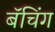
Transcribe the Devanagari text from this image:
बॅचिंग